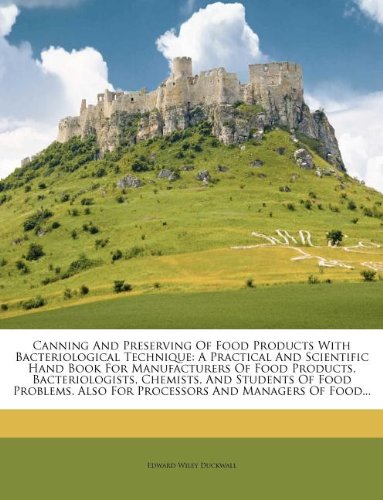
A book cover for Canning And Preserving Of Food Products With Bacteriological Technique: A Practical And Scientific Hand Book For Manufacturers Of Food Products, ... Also For Processors And Managers Of Food...; Edward Wiley Duckwall; Cookbooks, Food & Wine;